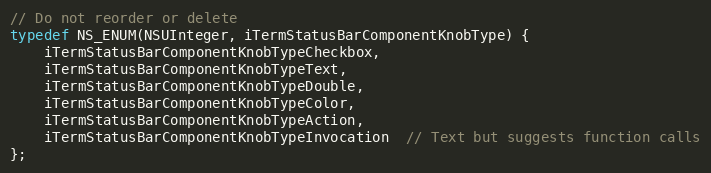
Language: C
// Do not reorder or delete
typedef NS_ENUM(NSUInteger, iTermStatusBarComponentKnobType) {
    iTermStatusBarComponentKnobTypeCheckbox,
    iTermStatusBarComponentKnobTypeText,
    iTermStatusBarComponentKnobTypeDouble,
    iTermStatusBarComponentKnobTypeColor,
    iTermStatusBarComponentKnobTypeAction,
    iTermStatusBarComponentKnobTypeInvocation  // Text but suggests function calls
};